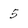
Character: 5